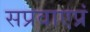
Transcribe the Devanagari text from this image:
सप्रवाएप्रं